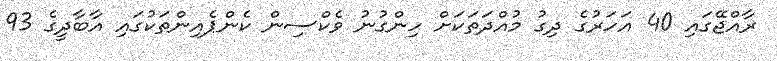
ރާއްޖޭގައި 40 އަހަރުގެ ދިގު މުއްދަތަކަށް ހިންގުނު ވެކްސިން ކެންޕެއިންތަކުގައި އާބާދީގެ 93